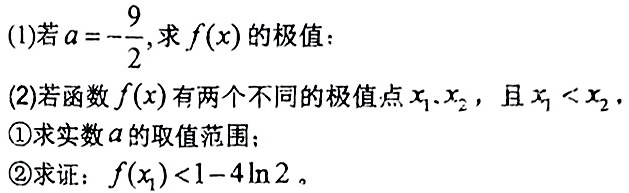
(1)若$a = -\dfrac{9}{2}$,求$f(x)$的极值：
(2)若函数$f(x)$有两个不同的极值点$x_1、x_2$，且$x_1 < x_2$．
\textcircled{1}求实数$a$的取值范围；
\textcircled{2}求证：$f(x_1)<1 - 4\ln2$。